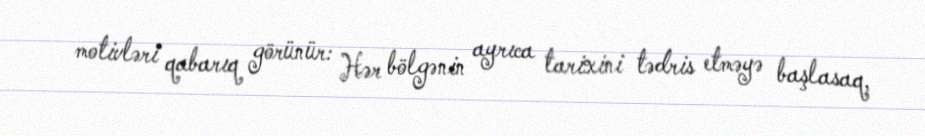
motivləri qabarıq görünür: Hər bölgənin ayrıca tarixini tədris etməyə başlasaq,